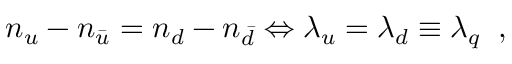
n _ { u } - n _ { \bar { u } } = n _ { d } - n _ { \bar { d } } \Leftrightarrow \lambda _ { u } = \lambda _ { d } \equiv \lambda _ { q } \; \; ,